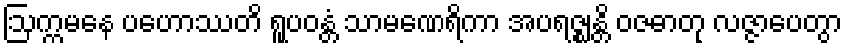
ဩက္ကမနေ ပဟောဿတိ ရူပဝန္တံ သာမဏေရိကာ အပရဇ္ဈန္တိ ဝဇဓာတု လဇ္ဇာပေတွာ